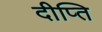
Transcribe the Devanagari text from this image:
दीप्‍ति